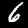
Label: 6